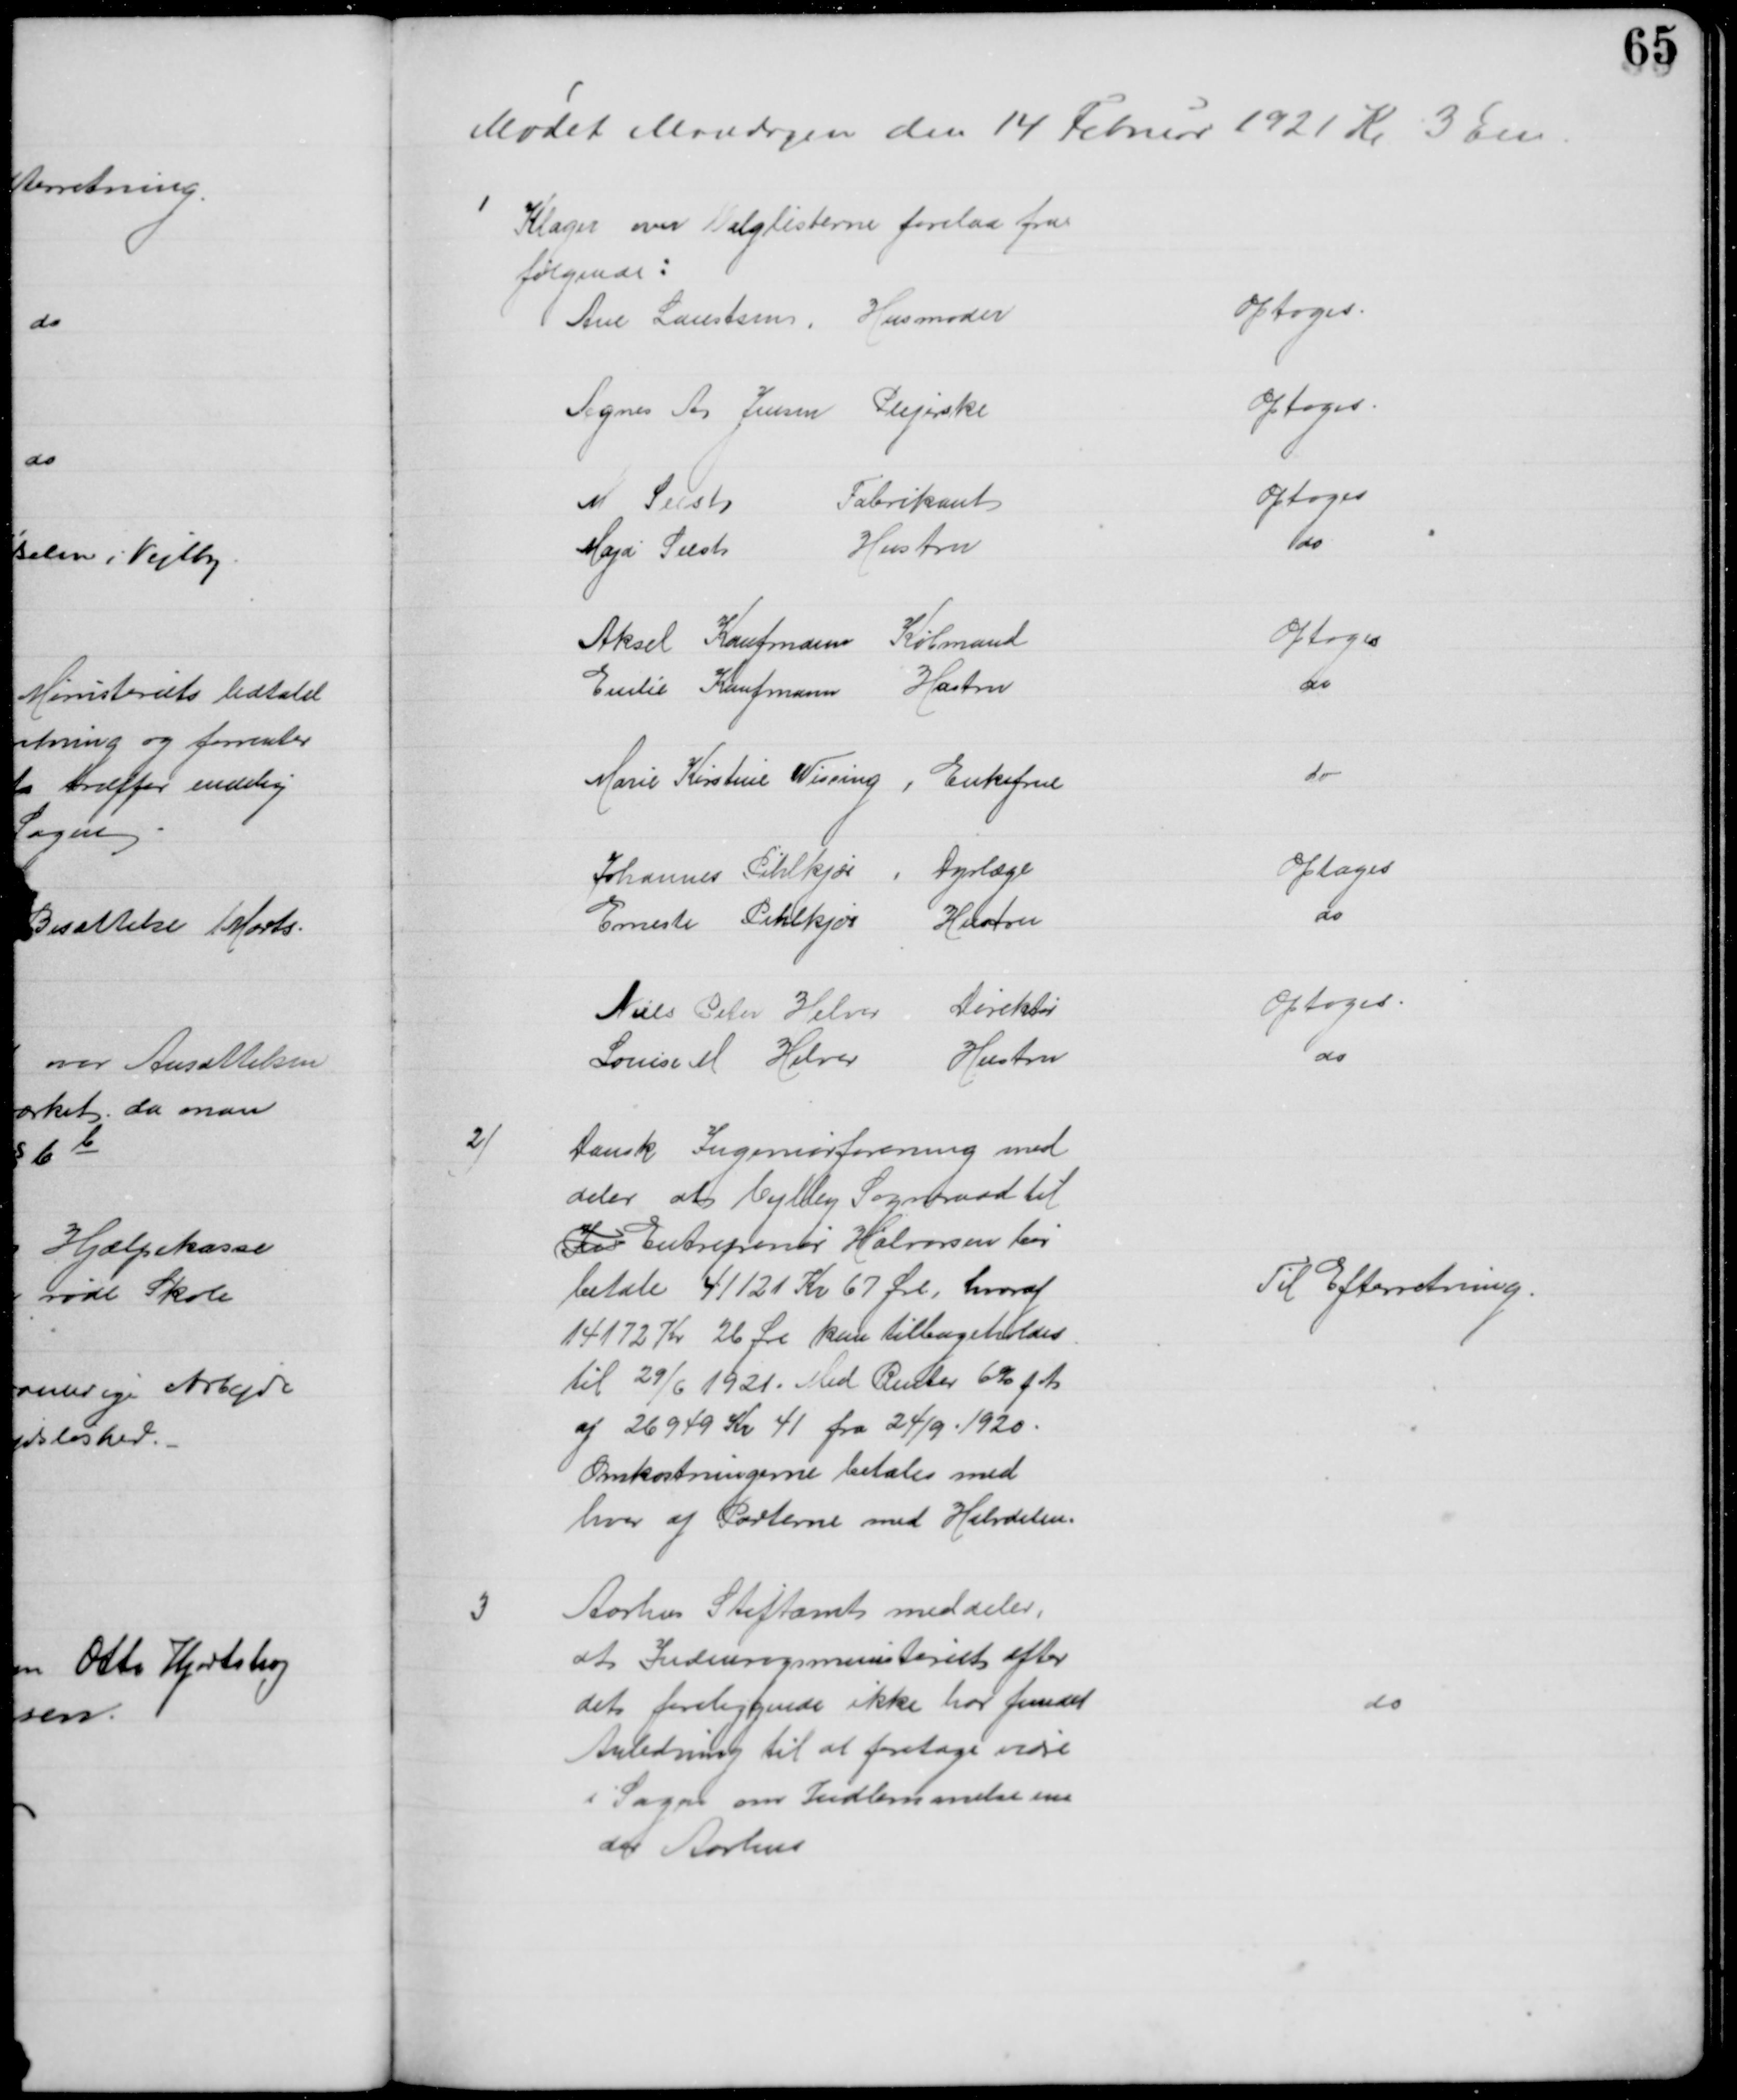
Transskription:
Mødet Mandagen den 14 Februar 1921 Kr. 3 Em
1
Klager over Valglisterne forelaa fra
følgende:
Ane Laustsen
Husmoder
optoges.
Agnes A Jensen Plejerske
Optoges
M Seest
Fabrikant
Optoges
Maja Seest
Hustru
do
Aksel Kaufmann Købmand
Optoges
Emilie Kaufmann
Hustru
do
Marie Kirstine Wissing, Enkefrue
do
Johannes Pihlkjær, Dyrlæge
Optoges
Erneste Pihlkjær Hustru
do
Niels Peter Helver Direktør
Optoges
Louise M Helver
Hustru
do
2)
Dansk Ingeniørforening med
deler at Vejlby Sogneraad til
In Entrepenør Halvorsen bør
betale 41121 Kr 67 Øre, hvoraf
14172 Kr 26 Øre kan tilbageholdes
til 29/6 1921. Med Renter 6% p. A.
af 26949 Kr 41 fra 24/9. 1920.
Omkostningerne betales med
hver af Parterne med Halvdelen.
Til Efterretning.
3
Aarhus Stiftamt meddeler,
at Indenrigsministeriet efter 
det foreliggende ikke har fundet
Anledning til at foretage vidre
i Sagen om Indlemmelse un
der Aarhus
do